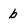
Character: b